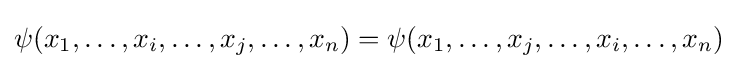
\psi (x_{1},\dots ,x_{i},\dots ,x_{j},\dots ,x_{n})=\psi (x_{1},\dots ,x_{j},\dots ,x_{i},\dots ,x_{n})